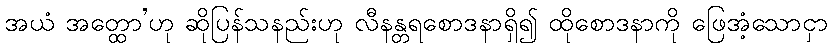
အယံ အတ္ထော’ဟု ဆိုပြန်သနည်းဟု လီနန္တရစောဒနာရှိ၍ ထိုစောဒနာကို ဖြေအံ့သောငှာ